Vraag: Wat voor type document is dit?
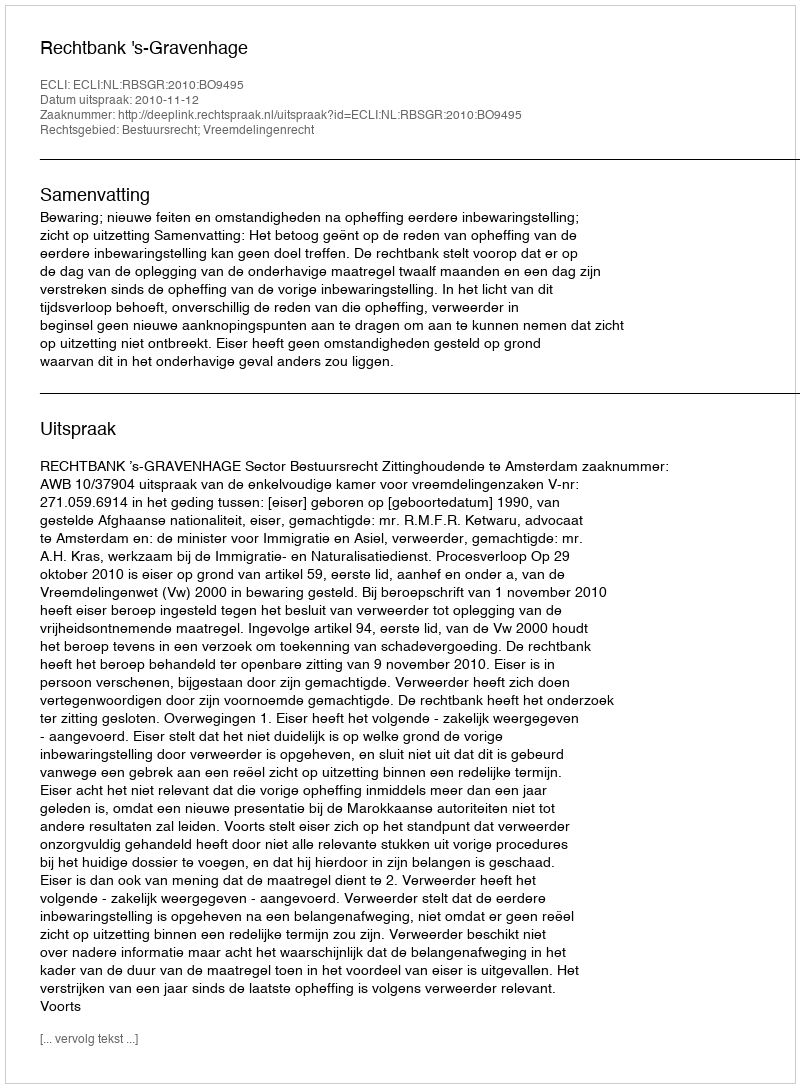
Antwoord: Uitspraak